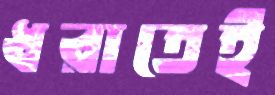
ধরাতেই